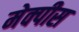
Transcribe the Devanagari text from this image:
मेक्पीस